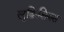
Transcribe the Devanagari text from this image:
लुक्रिशियस